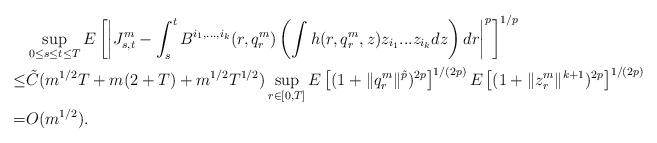
LaTeX: \begin{align*}&\sup_{0\leq s\leq t\leq T}E\left[\left|J^m_{s,t}-\int_s^t B^{i_1,...,i_k}(r,q^m_r) \left(\int h(r,q^m_r,z) z_{i_1}...z_{i_k} dz \right) dr\right|^p\right]^{1/p}\\\leq & \tilde C( m^{1/2}T+ m(2+T)+m^{1/2} T^{1/2}) \sup_{r\in[0,T]} E\left[ (1+\|q_r^m\|^{\tilde p})^{2p}\right]^{1/(2p)}E\left[(1+\|z_r^m\|^{k+1})^{2p}\right]^{1/(2p)}\\=&O(m^{1/2}). \end{align*}